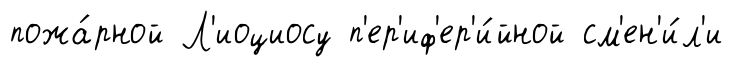
пожа́рной Л'иоциосу п'ер'иф'ер'и́йной см'ен'и́л'и